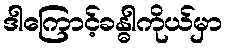
ဒါကြောင့်ခန္ဓါကိုယ်မှာ